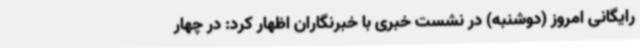
رایگانی امروز (دوشنبه) در نشست خبری با خبرنگاران اظهار کرد: در چهار